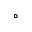
^ \circ